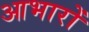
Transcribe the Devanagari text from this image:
आभारों